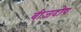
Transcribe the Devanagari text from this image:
बीजदोष